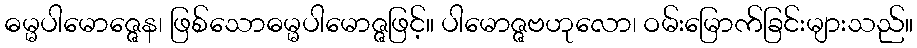
ဓမ္မပါမောဇ္ဇေန၊ ဖြစ်သောဓမ္မပါမောဇ္ဇဖြင့်။ ပါမောဇ္ဇဗဟုလော၊ ဝမ်းမြောက်ခြင်းများသည်။